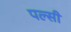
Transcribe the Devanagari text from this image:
पल्सी